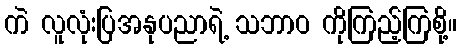
ကဲ လူလုံးပြအနုပညာရဲ့ သဘာဝ ကိုကြည့်ကြစို့။